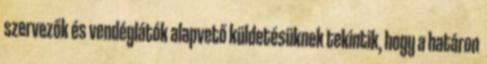
szervezők és vendéglátók alapvető küldetésüknek tekintik, hogy a határon